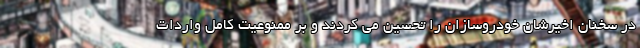
در سخنان اخیرشان خودروسازان را تحسین می کردند و بر ممنوعیت کامل واردات